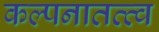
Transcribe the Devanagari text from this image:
कल्पनातत्त्व